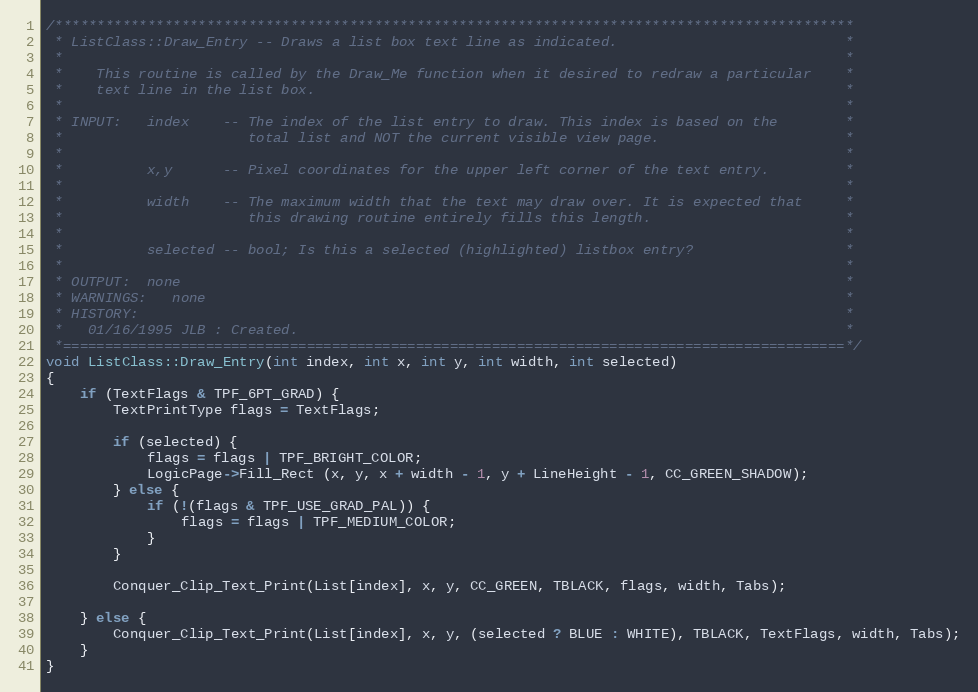
Language: C++
/***********************************************************************************************
 * ListClass::Draw_Entry -- Draws a list box text line as indicated.                           *
 *                                                                                             *
 *    This routine is called by the Draw_Me function when it desired to redraw a particular    *
 *    text line in the list box.                                                               *
 *                                                                                             *
 * INPUT:   index    -- The index of the list entry to draw. This index is based on the        *
 *                      total list and NOT the current visible view page.                      *
 *                                                                                             *
 *          x,y      -- Pixel coordinates for the upper left corner of the text entry.         *
 *                                                                                             *
 *          width    -- The maximum width that the text may draw over. It is expected that     *
 *                      this drawing routine entirely fills this length.                       *
 *                                                                                             *
 *          selected -- bool; Is this a selected (highlighted) listbox entry?                  *
 *                                                                                             *
 * OUTPUT:  none                                                                               *
 * WARNINGS:   none                                                                            *
 * HISTORY:                                                                                    *
 *   01/16/1995 JLB : Created.                                                                 *
 *=============================================================================================*/
void ListClass::Draw_Entry(int index, int x, int y, int width, int selected)
{
	if (TextFlags & TPF_6PT_GRAD) {
		TextPrintType flags = TextFlags;

		if (selected) {
			flags = flags | TPF_BRIGHT_COLOR;
			LogicPage->Fill_Rect (x, y, x + width - 1, y + LineHeight - 1, CC_GREEN_SHADOW);
		} else {
			if (!(flags & TPF_USE_GRAD_PAL)) {
				flags = flags | TPF_MEDIUM_COLOR;
			}
		}

		Conquer_Clip_Text_Print(List[index], x, y, CC_GREEN, TBLACK, flags, width, Tabs);

	} else {
		Conquer_Clip_Text_Print(List[index], x, y, (selected ? BLUE : WHITE), TBLACK, TextFlags, width, Tabs);
	}
}